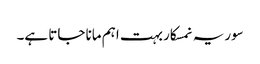
سوریہ نمسکار بہت اہم مانا جاتا ہے۔